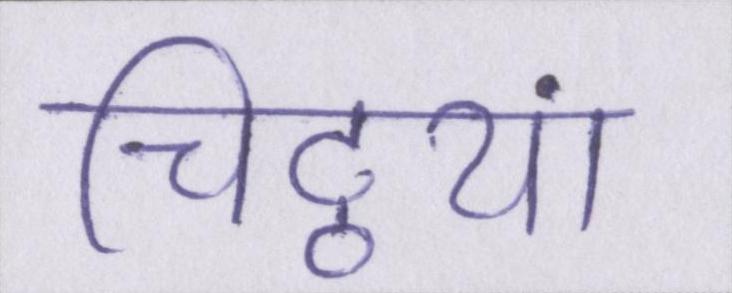
चिट्ठयां